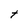
Character: t